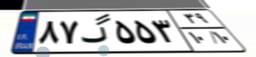
۰۷گ۴۰۶۹۸